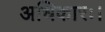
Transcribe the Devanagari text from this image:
अधिकारः।